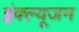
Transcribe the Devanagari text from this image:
इंक्ल्यूजन